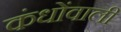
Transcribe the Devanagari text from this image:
कंधोंवाली